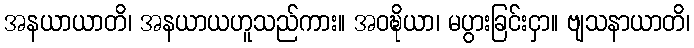
အနယာယာတိ၊ အနယာယဟူသည်ကား။ အဝဍ္ဎိယာ၊ မပွားခြင်းငှာ။ ဗျသနာယာတိ၊